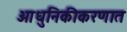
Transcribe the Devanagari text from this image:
आधुनिकीकरणात